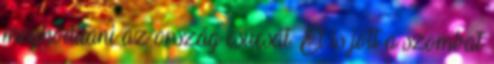
meghódítani az ország csúcsát. El is jött a szombat